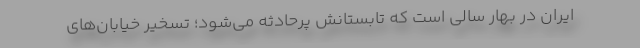
ایران در بهار سالی است که تابستانش پرحادثه می‌شود؛ تسخیر خیابان‌های